Resolution. No. 1369 Ex.
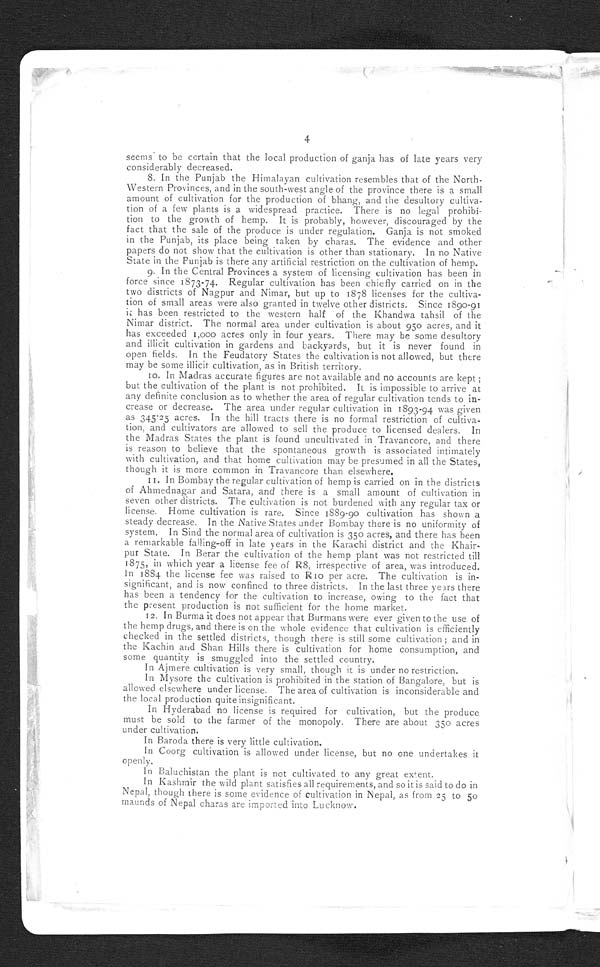
4
seems to be certain that the local production of ganja has of late years very
considerably decreased.
8. In the Punjab the Himalayan cultivation resembles that of the North-
Western Provinces, and in the south-west angle of the province there is a small
amount of cultivation for the production of bhang, and the desultory cultiva-
tion of a few plants is a widespread practice. There is no legal prohibi-
tion to the growth of hemp. It is probably, however, discouraged by the
fact that the sale of the produce is under regulation. Ganja is not smoked
in the Punjab, its place being taken by charas. The evidence and other
papers do not show that the cultivation is other than stationary. In no Native
State in the Punjab is there any artificial restriction on the cultivation of hemp.
9. In the Central Provinces a system of licensing cultivation has been in
force since 1873-74. Regular cultivation has been chiefly carried on in the
two districts of Nagpur and Nimar, but up to 1878 licenses for the cultiva-
tion of small areas were also granted in twelve other districts. Since 1890-91
i t h a s b e e n r e s t r i c t e d t o t h e w e s t e r n h a l f o f t h e K h a n d w a t a h s i l o f t h e
Nimar district. The normal area under cultivation is about 950 acres, and it
has exceeded 1,000 acres only in four years. There may be some desultory
and illicit cultivation in gardens and backyards, but it is never found in
open fields. In the Feudatory States the cultivation is not allowed, but there
may be some illicit cultivation, as in British territory.
10. In Madras accurate figures are not available and no accounts are kept;
but the cultivation of the plant is not prohibited. It is impossible to arrive at
any definite conclusion as to whether the area of regular cultivation tends to in-
crease or decrease. The area under regular cultivation in 1893-94 was given
as 345.25 acres. In the hill tracts there is no formal restriction of cultiva-
tion, and cultivators are allowed to sell the produce to licensed dealers. In
the Madras States the plant is found uncultivated in Travancore, and there
is reason to believe that the spontaneous growth is associated intimately
with cultivation, and that home cultivation may be presumed in all the States,
though it is more common in Travancore than elsewhere.
11. In Bombay the regular cultivation of hemp is carried on in the districts
of Ahmednagar and Satara, and there is a small amount of cultivation in
seven other districts. The cultivation is not burdened with any regular tax or
license. Home cultivation is rare. Since 1889-90 cultivation has shown a
steady decrease. In the Native States under Bombay there is no uniformity of
system. In Sind the normal area of cultivation is 350 acres, and there has been
a remarkable falling-off in late years in the Karachi district and the
K h a i r - p u r S t a t e . I n B e r a r t h e c u l t i v a t i o n o f t h e h e m p p l a n t w a s n o t r e s t r i c t e d t i l l
1875, in which year a license fee of R8, irrespective of area, was introduced.
In 1884 the license fee was raised to R10 per acre. The cultivation is in--
significant, and is now confined to three districts. In the last three years there
has been a tendency for the cultivation to increase, owing to the fact that
the present production is not sufficient for the home market.
12 . In Burma it does not appear that Burmans were ever given to the use of
the hemp drugs, and there is on the whole evidence that cultivation is efficiently
checked in the settled districts, though there is still some cultivation; and in
the Kachin and Shan Hills there is cultivation for home consumption, and
some quantity is smuggled into the settled country.
In Ajmere cultivation is very small, though it is under no restriction.
In Mysore the cultivation is prohibited in the station of Bangalore, but is
allowed elsewhere under license. The area of cultivation is inconsiderable and
the local production quite insignificant.
In Hyderabad no license is required for cultivation, but the produce
must be sold to the farmer of the monopoly. There are about 350 acres
under cultivation.
In Baroda there is very little cultivation.
In Coorg cultivation is allowed under license, but no one undertakes it
openly.
In Baluchistan the plant is not cultivated to any great extent.
In Kashmir the wild plant satisfies all requirements, and so it is said to do in
Nepal, though there is some evidence of cultivation in Nepal, as from 25 to 50
maunds of Nepal charas are imported into Lucknow.